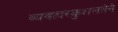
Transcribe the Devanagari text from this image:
व्यवहारकुशलतेने